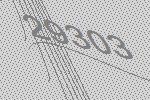
29303